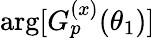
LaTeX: \arg[G_{p}^{(x)}(\theta_{1})]